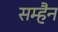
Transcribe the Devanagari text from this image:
सम्हैन